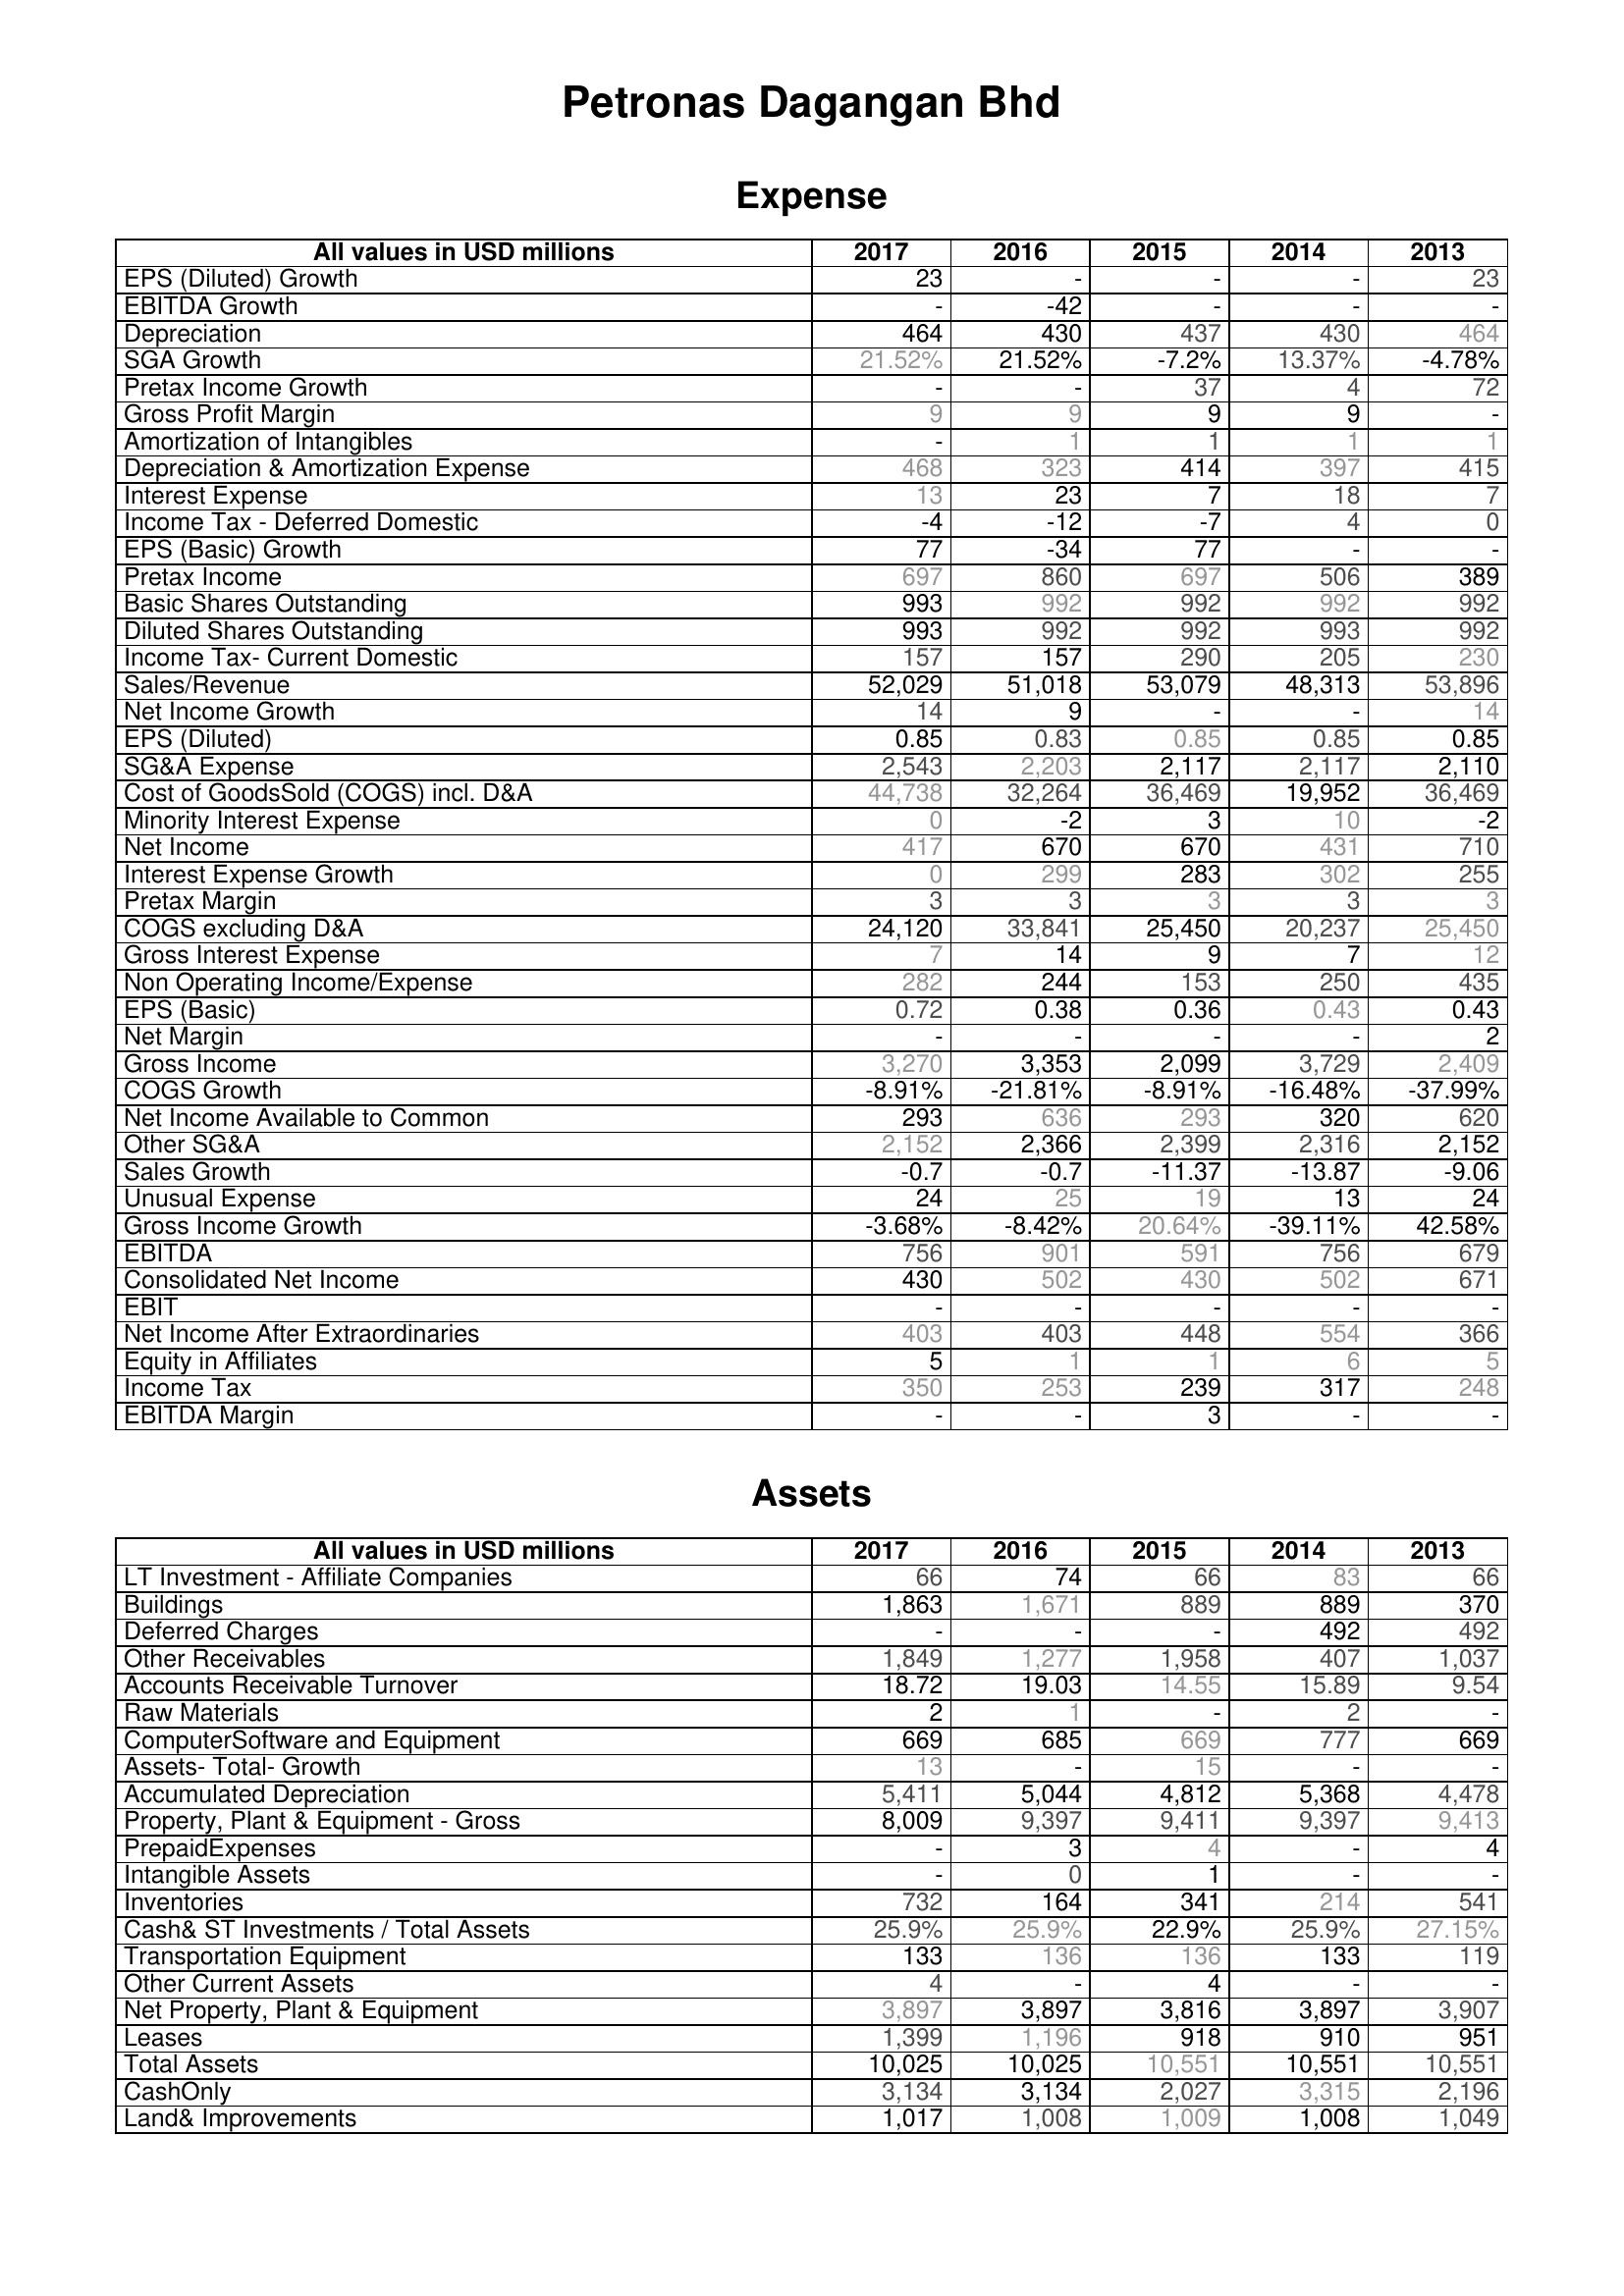
2017: Expense: EPS (Diluted) Growth: 23
EBITDA Growth: -
Depreciation: 464
SGA Growth: 21.52%
Pretax Income Growth: -
Gross Profit Margin: 9
Amortization of Intangibles: -
Depreciation & Amortization Expense: 468
Interest Expense: 13
Income Tax - Deferred Domestic: -4
EPS (Basic) Growth: 77
Pretax Income: 697
Basic Shares Outstanding: 993
Diluted Shares Outstanding: 993
Income Tax- Current Domestic: 157
Sales/Revenue: 52,029
Net Income Growth: 14
EPS (Diluted): 0.85
SG&A Expense: 2,543
Cost of GoodsSold (COGS) incl. D&A: 44,738
Minority Interest Expense: 0
Net Income: 417
Interest Expense Growth: 0
Pretax Margin: 3
COGS excluding D&A: 24,120
Gross Interest Expense: 7
Non Operating Income/Expense: 282
EPS (Basic): 0.72
Net Margin: -
Gross Income: 3,270
COGS Growth: -8.91%
Net Income Available to Common: 293
Other SG&A: 2,152
Sales Growth: -0.7
Unusual Expense: 24
Gross Income Growth: -3.68%
EBITDA: 756
Consolidated Net Income: 430
EBIT: -
Net Income After Extraordinaries: 403
Equity in Affiliates: 5
Income Tax: 350
EBITDA Margin: -
Assets: LT Investment - Affiliate Companies: 66
Buildings: 1,863
Deferred Charges: -
Other Receivables: 1,849
Accounts Receivable Turnover: 18.72
Raw Materials: 2
ComputerSoftware and Equipment: 669
Assets- Total- Growth: 13
Accumulated Depreciation: 5,411
Property, Plant & Equipment - Gross : 8,009
PrepaidExpenses: -
Intangible Assets: -
Inventories: 732
Cash& ST Investments / Total Assets: 25.9%
Transportation Equipment: 133
Other Current Assets: 4
Net Property, Plant & Equipment: 3,897
Leases: 1,399
Total Assets: 10,025
CashOnly: 3,134
Land& Improvements: 1,017
2016: Expense: EPS (Diluted) Growth: -
EBITDA Growth: -42
Depreciation: 430
SGA Growth: 21.52%
Pretax Income Growth: -
Gross Profit Margin: 9
Amortization of Intangibles: 1
Depreciation & Amortization Expense: 323
Interest Expense: 23
Income Tax - Deferred Domestic: -12
EPS (Basic) Growth: -34
Pretax Income: 860
Basic Shares Outstanding: 992
Diluted Shares Outstanding: 992
Income Tax- Current Domestic: 157
Sales/Revenue: 51,018
Net Income Growth: 9
EPS (Diluted): 0.83
SG&A Expense: 2,203
Cost of GoodsSold (COGS) incl. D&A: 32,264
Minority Interest Expense: -2
Net Income: 670
Interest Expense Growth: 299
Pretax Margin: 3
COGS excluding D&A: 33,841
Gross Interest Expense: 14
Non Operating Income/Expense: 244
EPS (Basic): 0.38
Net Margin: -
Gross Income: 3,353
COGS Growth: -21.81%
Net Income Available to Common: 636
Other SG&A: 2,366
Sales Growth: -0.7
Unusual Expense: 25
Gross Income Growth: -8.42%
EBITDA: 901
Consolidated Net Income: 502
EBIT: -
Net Income After Extraordinaries: 403
Equity in Affiliates: 1
Income Tax: 253
EBITDA Margin: -
Assets: LT Investment - Affiliate Companies: 74
Buildings: 1,671
Deferred Charges: -
Other Receivables: 1,277
Accounts Receivable Turnover: 19.03
Raw Materials: 1
ComputerSoftware and Equipment: 685
Assets- Total- Growth: -
Accumulated Depreciation: 5,044
Property, Plant & Equipment - Gross : 9,397
PrepaidExpenses: 3
Intangible Assets: 0
Inventories: 164
Cash& ST Investments / Total Assets: 25.9%
Transportation Equipment: 136
Other Current Assets: -
Net Property, Plant & Equipment: 3,897
Leases: 1,196
Total Assets: 10,025
CashOnly: 3,134
Land& Improvements: 1,008
2015: Expense: EPS (Diluted) Growth: -
EBITDA Growth: -
Depreciation: 437
SGA Growth: -7.2%
Pretax Income Growth: 37
Gross Profit Margin: 9
Amortization of Intangibles: 1
Depreciation & Amortization Expense: 414
Interest Expense: 7
Income Tax - Deferred Domestic: -7
EPS (Basic) Growth: 77
Pretax Income: 697
Basic Shares Outstanding: 992
Diluted Shares Outstanding: 992
Income Tax- Current Domestic: 290
Sales/Revenue: 53,079
Net Income Growth: -
EPS (Diluted): 0.85
SG&A Expense: 2,117
Cost of GoodsSold (COGS) incl. D&A: 36,469
Minority Interest Expense: 3
Net Income: 670
Interest Expense Growth: 283
Pretax Margin: 3
COGS excluding D&A: 25,450
Gross Interest Expense: 9
Non Operating Income/Expense: 153
EPS (Basic): 0.36
Net Margin: -
Gross Income: 2,099
COGS Growth: -8.91%
Net Income Available to Common: 293
Other SG&A: 2,399
Sales Growth: -11.37
Unusual Expense: 19
Gross Income Growth: 20.64%
EBITDA: 591
Consolidated Net Income: 430
EBIT: -
Net Income After Extraordinaries: 448
Equity in Affiliates: 1
Income Tax: 239
EBITDA Margin: 3
Assets: LT Investment - Affiliate Companies: 66
Buildings: 889
Deferred Charges: -
Other Receivables: 1,958
Accounts Receivable Turnover: 14.55
Raw Materials: -
ComputerSoftware and Equipment: 669
Assets- Total- Growth: 15
Accumulated Depreciation: 4,812
Property, Plant & Equipment - Gross : 9,411
PrepaidExpenses: 4
Intangible Assets: 1
Inventories: 341
Cash& ST Investments / Total Assets: 22.9%
Transportation Equipment: 136
Other Current Assets: 4
Net Property, Plant & Equipment: 3,816
Leases: 918
Total Assets: 10,551
CashOnly: 2,027
Land& Improvements: 1,009
2014: Expense: EPS (Diluted) Growth: -
EBITDA Growth: -
Depreciation: 430
SGA Growth: 13.37%
Pretax Income Growth: 4
Gross Profit Margin: 9
Amortization of Intangibles: 1
Depreciation & Amortization Expense: 397
Interest Expense: 18
Income Tax - Deferred Domestic: 4
EPS (Basic) Growth: -
Pretax Income: 506
Basic Shares Outstanding: 992
Diluted Shares Outstanding: 993
Income Tax- Current Domestic: 205
Sales/Revenue: 48,313
Net Income Growth: -
EPS (Diluted): 0.85
SG&A Expense: 2,117
Cost of GoodsSold (COGS) incl. D&A: 19,952
Minority Interest Expense: 10
Net Income: 431
Interest Expense Growth: 302
Pretax Margin: 3
COGS excluding D&A: 20,237
Gross Interest Expense: 7
Non Operating Income/Expense: 250
EPS (Basic): 0.43
Net Margin: -
Gross Income: 3,729
COGS Growth: -16.48%
Net Income Available to Common: 320
Other SG&A: 2,316
Sales Growth: -13.87
Unusual Expense: 13
Gross Income Growth: -39.11%
EBITDA: 756
Consolidated Net Income: 502
EBIT: -
Net Income After Extraordinaries: 554
Equity in Affiliates: 6
Income Tax: 317
EBITDA Margin: -
Assets: LT Investment - Affiliate Companies: 83
Buildings: 889
Deferred Charges: 492
Other Receivables: 407
Accounts Receivable Turnover: 15.89
Raw Materials: 2
ComputerSoftware and Equipment: 777
Assets- Total- Growth: -
Accumulated Depreciation: 5,368
Property, Plant & Equipment - Gross : 9,397
PrepaidExpenses: -
Intangible Assets: -
Inventories: 214
Cash& ST Investments / Total Assets: 25.9%
Transportation Equipment: 133
Other Current Assets: -
Net Property, Plant & Equipment: 3,897
Leases: 910
Total Assets: 10,551
CashOnly: 3,315
Land& Improvements: 1,008
2013: Expense: EPS (Diluted) Growth: 23
EBITDA Growth: -
Depreciation: 464
SGA Growth: -4.78%
Pretax Income Growth: 72
Gross Profit Margin: -
Amortization of Intangibles: 1
Depreciation & Amortization Expense: 415
Interest Expense: 7
Income Tax - Deferred Domestic: 0
EPS (Basic) Growth: -
Pretax Income: 389
Basic Shares Outstanding: 992
Diluted Shares Outstanding: 992
Income Tax- Current Domestic: 230
Sales/Revenue: 53,896
Net Income Growth: 14
EPS (Diluted): 0.85
SG&A Expense: 2,110
Cost of GoodsSold (COGS) incl. D&A: 36,469
Minority Interest Expense: -2
Net Income: 710
Interest Expense Growth: 255
Pretax Margin: 3
COGS excluding D&A: 25,450
Gross Interest Expense: 12
Non Operating Income/Expense: 435
EPS (Basic): 0.43
Net Margin: 2
Gross Income: 2,409
COGS Growth: -37.99%
Net Income Available to Common: 620
Other SG&A: 2,152
Sales Growth: -9.06
Unusual Expense: 24
Gross Income Growth: 42.58%
EBITDA: 679
Consolidated Net Income: 671
EBIT: -
Net Income After Extraordinaries: 366
Equity in Affiliates: 5
Income Tax: 248
EBITDA Margin: -
Assets: LT Investment - Affiliate Companies: 66
Buildings: 370
Deferred Charges: 492
Other Receivables: 1,037
Accounts Receivable Turnover: 9.54
Raw Materials: -
ComputerSoftware and Equipment: 669
Assets- Total- Growth: -
Accumulated Depreciation: 4,478
Property, Plant & Equipment - Gross : 9,413
PrepaidExpenses: 4
Intangible Assets: -
Inventories: 541
Cash& ST Investments / Total Assets: 27.15%
Transportation Equipment: 119
Other Current Assets: -
Net Property, Plant & Equipment: 3,907
Leases: 951
Total Assets: 10,551
CashOnly: 2,196
Land& Improvements: 1,049